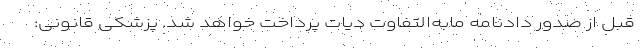
قبل از صدور دادنامه مابه‌التفاوت دیات پرداخت خواهد شد. پزشکی قانونی: